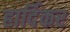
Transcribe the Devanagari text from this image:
हार्दिकर